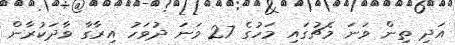
އަދި ތިން ވަނަ މެޗުގައި މަހުގެ 27 ވަނަ ދުވަހު އިރާގާ ވާދަކުރާން